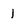
Character: 1